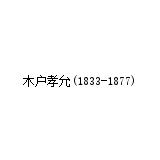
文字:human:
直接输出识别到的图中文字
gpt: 木户孝允(1833-1877)